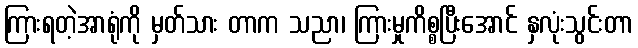
ကြားရတဲ့အာရုံကို မှတ်သား တာက သညာ၊ ကြားမှုကိစ္စပြီးအောင် နှလုံးသွင်းတာ